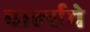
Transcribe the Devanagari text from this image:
चार्ल्सचे